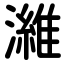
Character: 濰